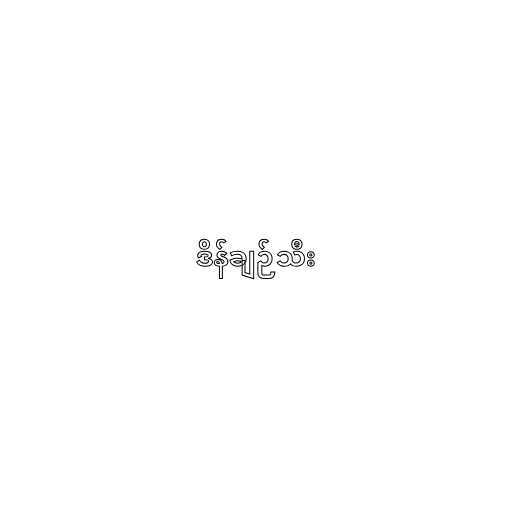
ဒိန်ချဉ်သီး